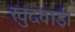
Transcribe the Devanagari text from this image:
खुदवाई।